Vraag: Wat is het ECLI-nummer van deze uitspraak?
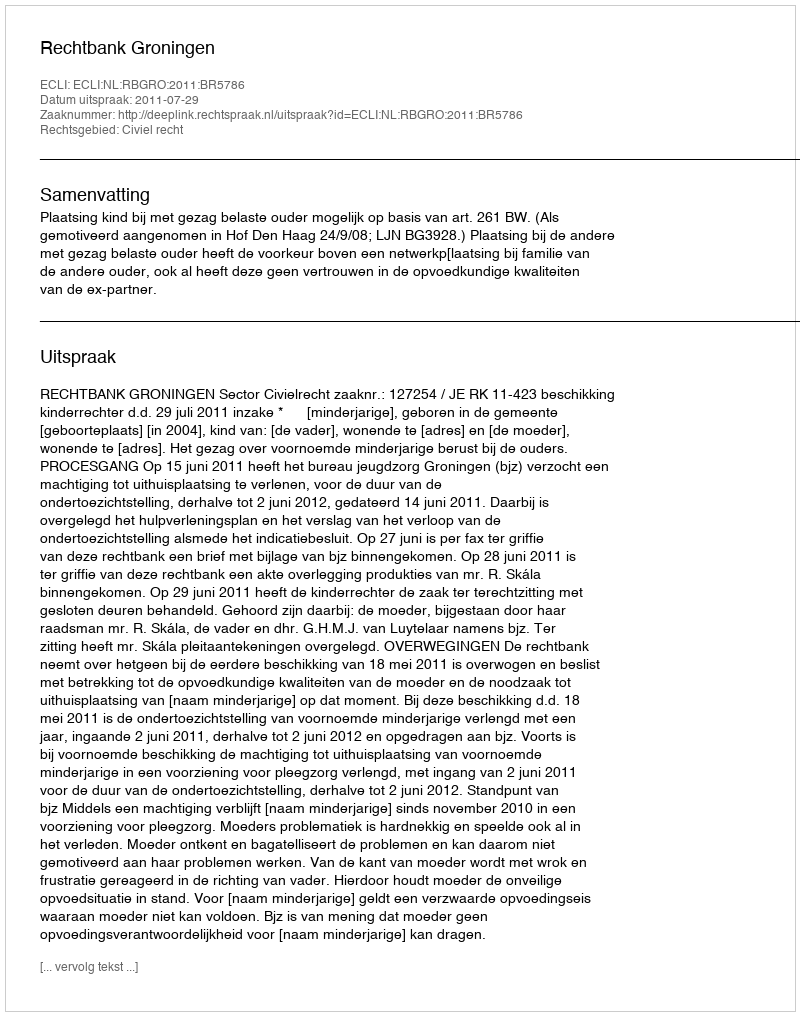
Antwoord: ECLI:NL:RBGRO:2011:BR5786